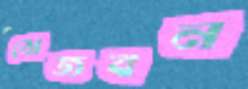
মেজবন